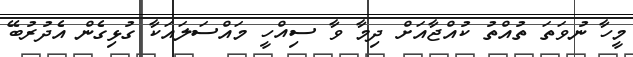
މީހާ ނުވަތަ ތުއްތު ކުއްޖާއަށް ދިމާ ވާ ސިއްހީ މައްސަލައަކާ ގުޅިގެން އެދުރުބޭ